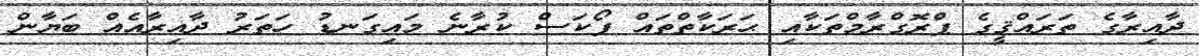
ދާއިރާގެ ތަރައްޤީގެ ޕްރޮގްރާމްތަކާއި ޙަރަކާތްތައް ފޯކަސް ކުރާނެ މައިގަނޑު ހަތަރު ދާއިރާއެއް ބަޔާން